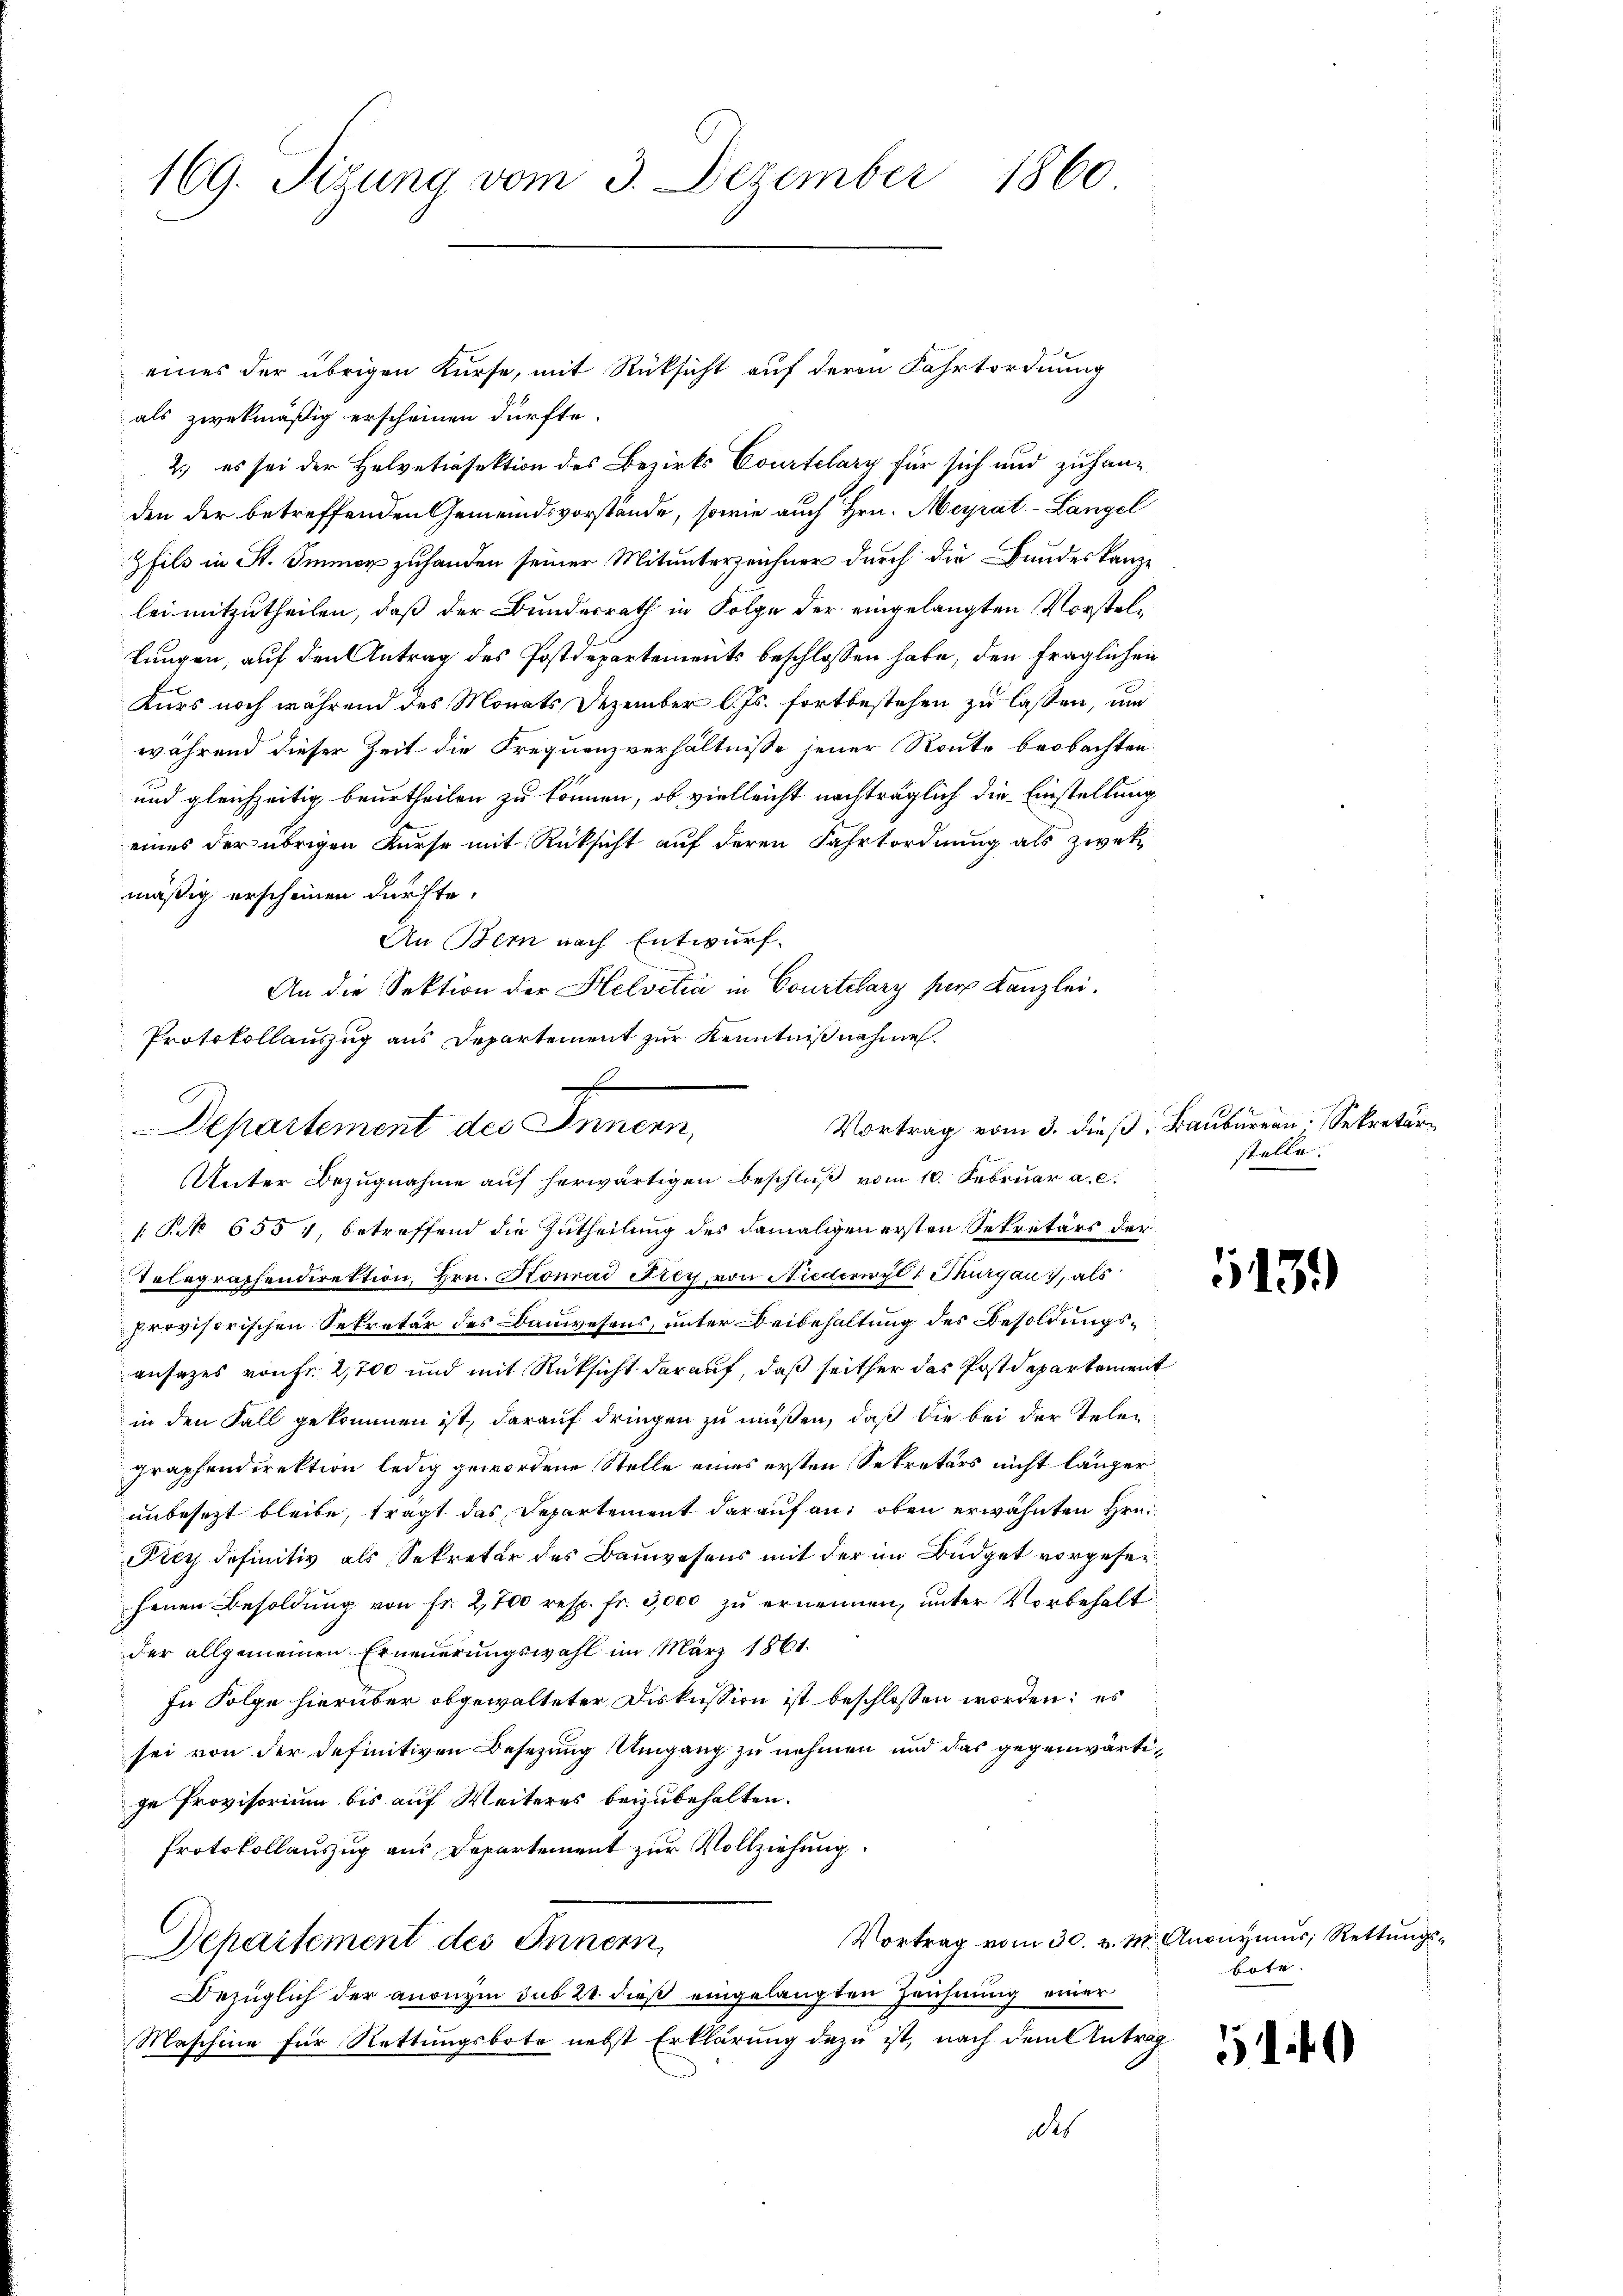
169. Tisung vom 3. Dezember 1860

als zwekmäßig erscheinen dürfte.
2.) es sei der Helvetiasektion des Bezirks Courtelary für sich und zuhangden der betreffenden Gemeindsvorstände, sowie auch Hrn. Meyrat-Langel
Zhils in St. Immer zuhanden seiner Mitunterzeichner durch die Bundeskanze
lei mitzutheilen, daß der Bundesrath in Folge der eingelangten Vorstel¬
Lungen, auf den Antrag des Postdepartements beschlossen habe, den fraglichen
Kurs noch während des Monats Dezember l. Js. fortbestehen zu lassen, und
während dieser Zeit die Frequenzverhältnisse jener Route beobachten
und gleichzeitig beurtheilen zu können, ob vielleicht nachträglich die Einstellung
eines der übrigen Kurse mit Rücksicht auf deren Fahrtordnung als zwetz
mäßig erscheinen dürfte.
An Bem nach Entwurf.
An die Sektion der Helvetia in Courtelary per Kanzlei.
Protokollauszug aus Departement zur Kenntnißnahme.
: No 655, betreffend die Zutheilung des damaligen ersten Sekretärs der
Telegraphendirektion, Hrn. Konrad Frey, von Niederiryl 1 Thurgau, als
provisorischen Sekretär des Bauwesens, unter Beibehaltung des Besoldungsansazes von Fr. 2,700 und mit Rücksicht darauf, daß seither das Postdepartement
in den Fall gekommen ist, darauf dringen zu müßen, daß die bei der Telegraphendirektion ledig gewordene Stelle eines ersten Sekretärs nicht länger
unbesezt bleibe, tragt das Departement darauf an, oben erwähnten Hrn.
Fiey definitiv als Sekretär des Bauwesens mit der im Büdget vorgesehenen Besoldung von fr. 2,700 resp. fr. 3,000 zu ernennen, unter Vorbehalt
der allgemeinen Erneuerungswahl im März 1861.
In Folge hierüber obgewalteter Diskussion ist beschlossen worden: es
sei von der definitiven Besetzung Umgang zu nehmen und das gegenwärtige Provisorium bis auf Weiteres beizubehalten.
Protokollauszug aus Departement zur Vollziehung.
Vortrag vom 30. v. M. Anonymus; Rettungs¬
Departement des Innern
Bezüglich der anonym sub 21. dieß eingelangten Zeichnung einer
Maschine für Rettungsbote nebst Erklärung dazu ist, nach dem Antrag
des

f
Departement des Innern,
Unter Bezugnahme auf herwärtigen Beschluß vom 10. Februar a. c.

eines der übrigen Kurse, mit Rücksicht auf deren Fahrtordnung

Vortrag vom 3. dieß: Baubern Sekretär
stelle.

13.)

Bote.

51 f.